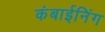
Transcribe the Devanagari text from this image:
कंबाईनिंग